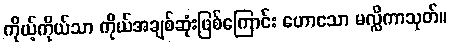
ကိုယ့်ကိုယ်သာ ကိုယ်အချစ်ဆုံးဖြစ်ကြောင်း ဟောသော မလ္လိကာသုတ်။